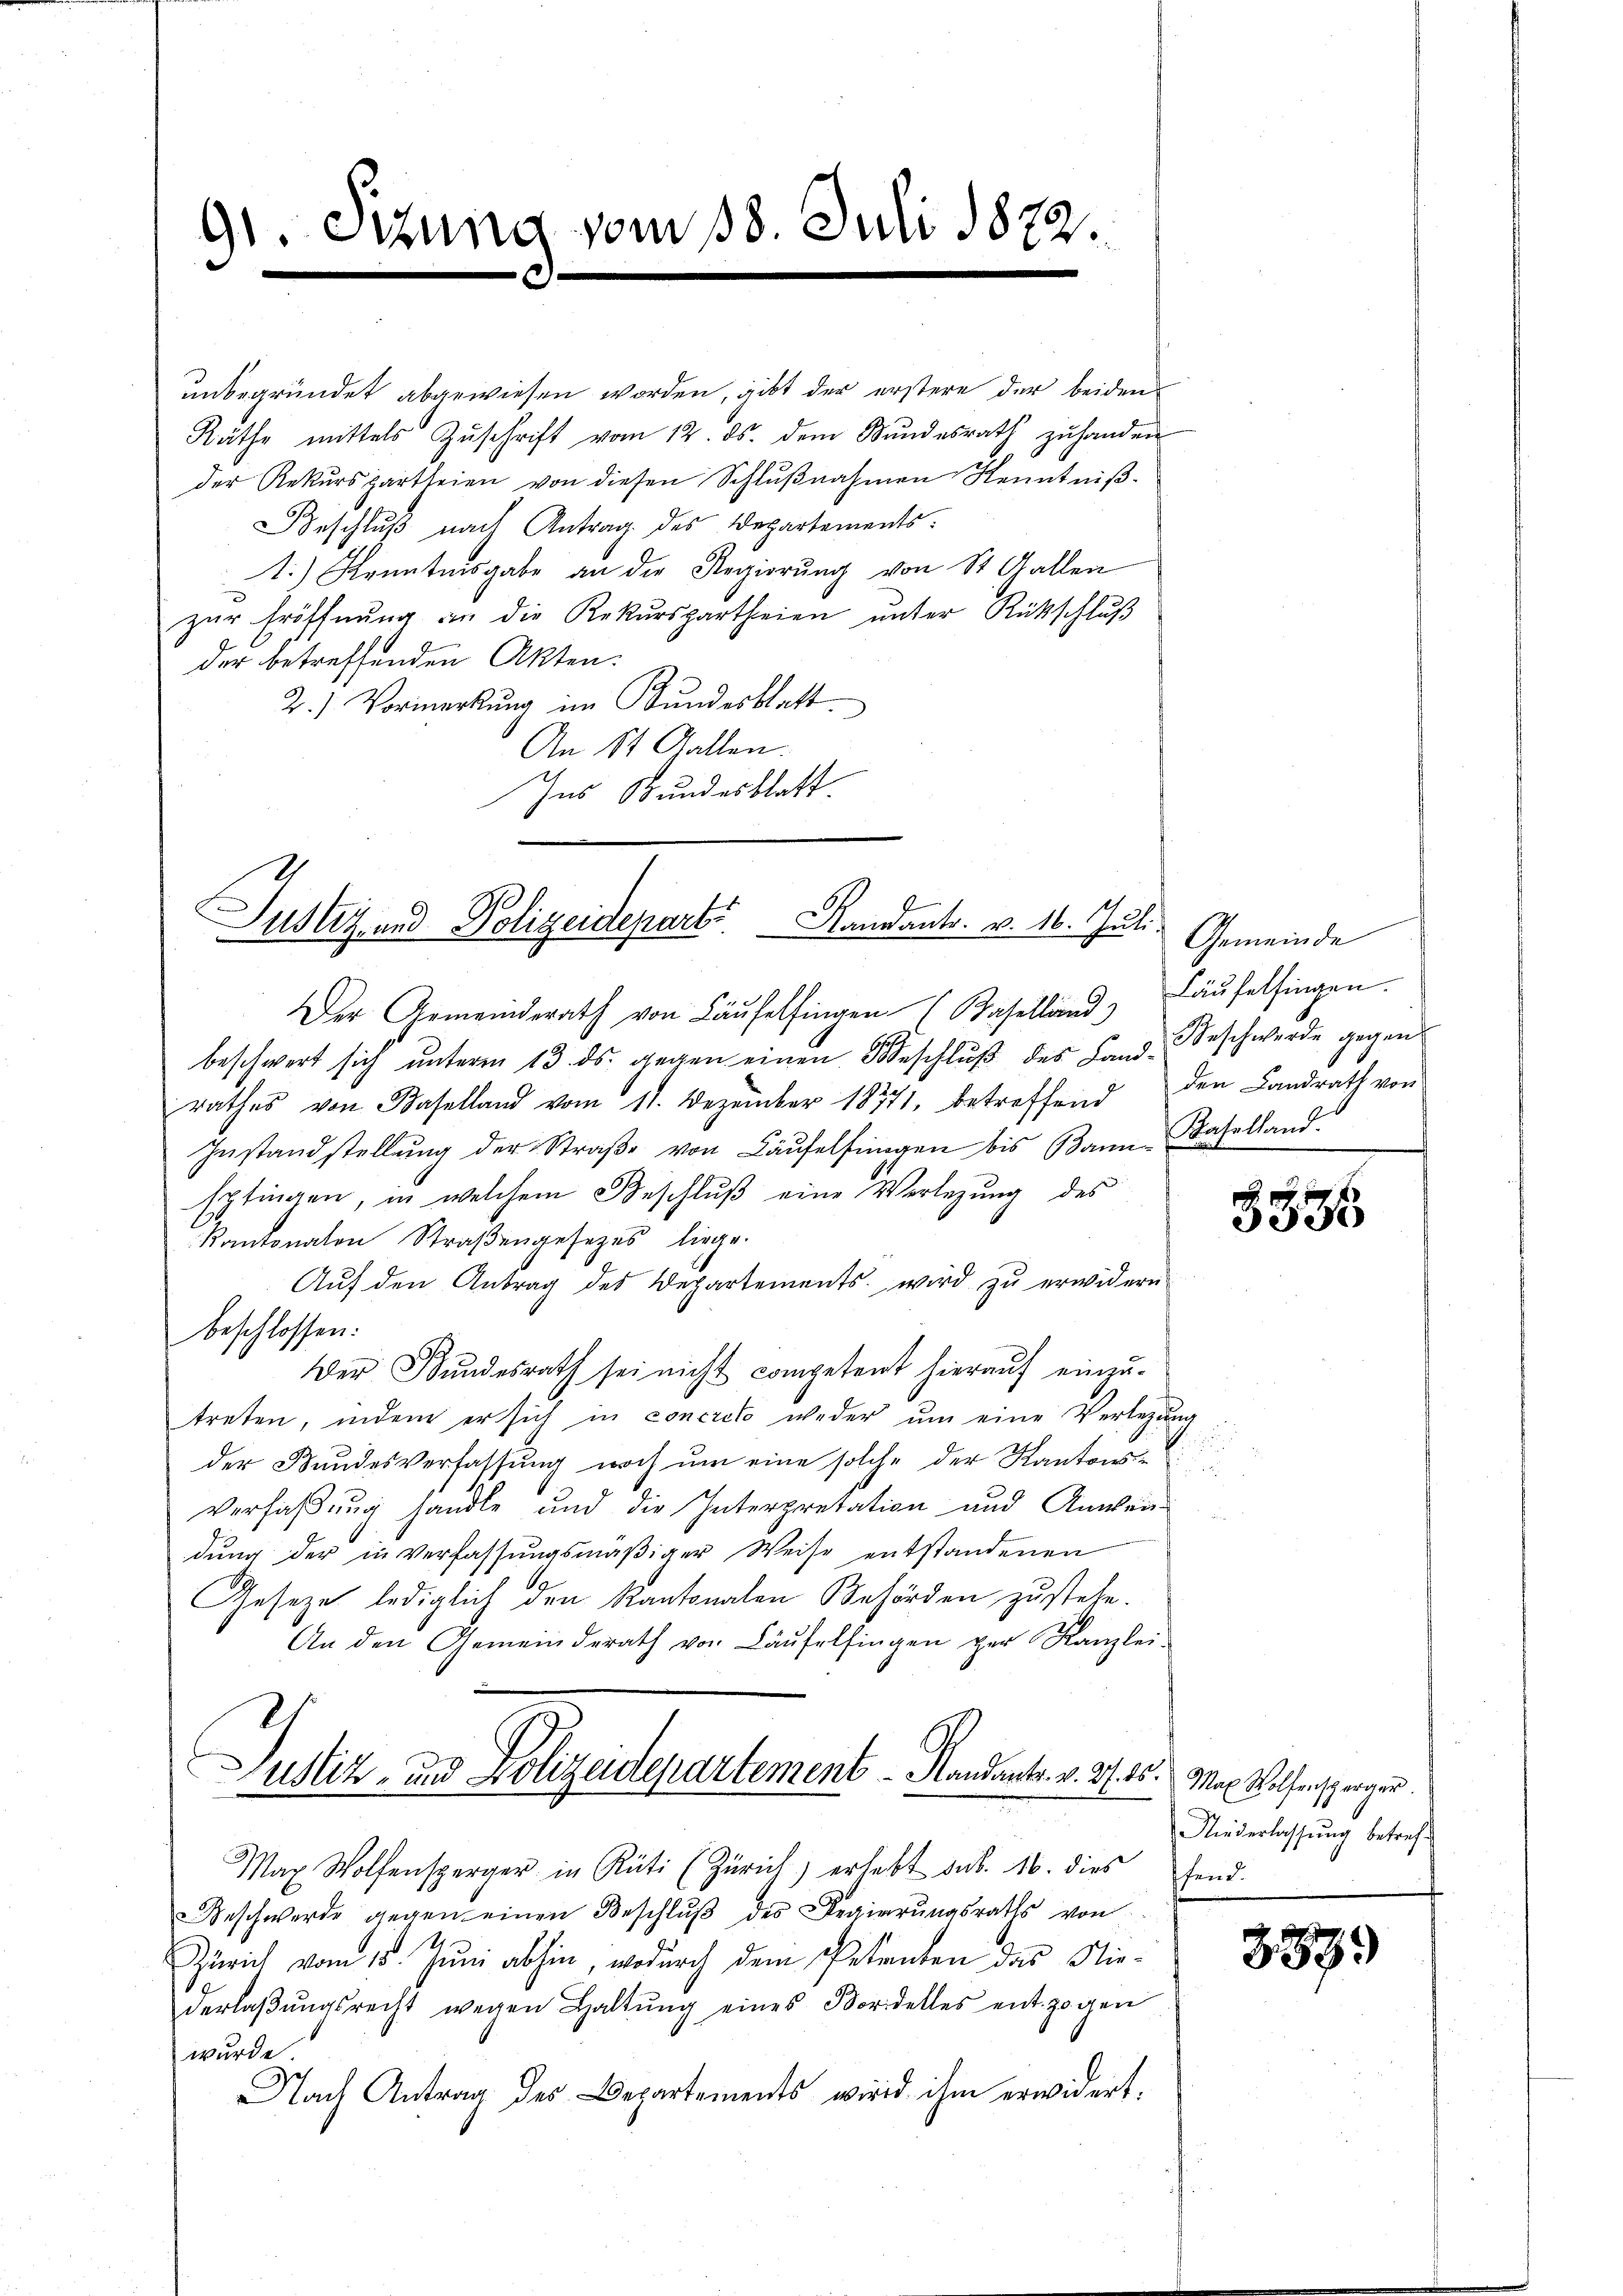
91. Sitzung vom 18. Juli 1872.

unbegründet abgewiesen worden, gibt der erstere der beiden
Räthe mittels Zŭschrift vom 12. ds. dem Bŭndesrath zŭ handen
der Rekŭrspartheien von diesen Schlŭβnahmen Kenntniß¬
Beschlŭβ nach Antrag des Departements.
1.) Kenntnisgabe an die Regierŭng von St. Gallen
zŭr Eröffnŭng an die Rekŭrspartheien ŭnter Rückschlŭβ
der betreffenden Akten:
2.) Vormerkung im Bundesblatt
An 11 Gallen.
Ins Bundesblatt.

Justiz- und Polizeideparte Standants. v. 16. Juli, Gemeinde

Justiz- und Polizeidepartement - Sandants. v. 315. Max Wolfenscharger

Der Gemeinderath von Läufelfingen (Baselland) Laŭfelfingen.

beschwert sich ŭnterm 13. ds. gegen einen Beschlŭβ des Land. Beschwerde gegen
rathes von Baselland vom 11. Dezember 18771, betreffend
Instandstellŭng der Straβe von Käŭfelfingen bis Bann Baselland.
sptingen, in welchem Beschlŭβ eine Verlegung des
Kantonalen Straβengesezes liege.
Auf den Antrag des Departements, wird zu erwidern
beschlossen:
.
Der Bundesrath sei nicht competent hierauf einzutreten, indem er sich in concreto weder um eine Verlegung
a
der Bundesverfassung noch um eine solche der Kantons¬

Verfaßung handle und die Interpretation und Anwei
dung der in verfassungsmäßiger Weise entstandenen
Geseze lediglich den Kantonalen Behörden zustehe.
An den Gemeinderath von Laŭfelfingen per Kanzlei-
B

den Landrath von

Max Wolfensperger in Rüti (Zürich) erhebt aus. 16. dies fand.
Beschwerde gegen einen Beschlŭβ des Regierungsraths von
Zürich vom 15. Juni abhin, wodurch dem Petenten das Niederlaßungsrecht wegen Haltung eines Bordelles entzogen
wurde.
Nach Antrag des Departements wird ihm erwidert.

3335

Niederlassung betref¬

3339